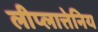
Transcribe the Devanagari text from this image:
लीप्लात्तेनिय